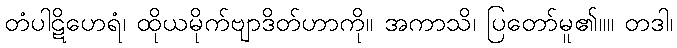
တံပါဋိဟေရံ၊ ထိုယမိုက်ဗျာဒိတ်ဟာကို။ အကာသိ၊ ပြတော်မူ၏။။ တဒါ၊